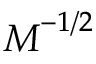
\boldsymbol { M } ^ { - 1 / 2 }